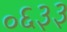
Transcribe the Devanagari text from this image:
०६३३